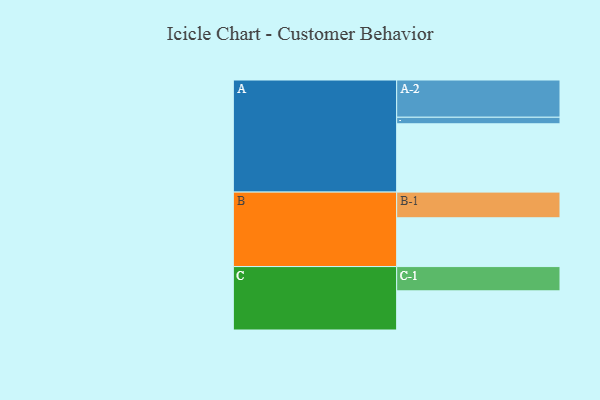
{"axis": {"x": "Segment", "y": "Value"}, "legend": ["", "A", "B", "C"], "data": [{"x": "A", "y": 532, "type": ""}, {"x": "B", "y": 380, "type": ""}, {"x": "C", "y": 305, "type": ""}, {"x": "A-1", "y": 51, "type": "A"}, {"x": "A-2", "y": 290, "type": "A"}, {"x": "B-1", "y": 200, "type": "B"}, {"x": "C-1", "y": 189, "type": "C"}]}